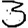
Digit: 3